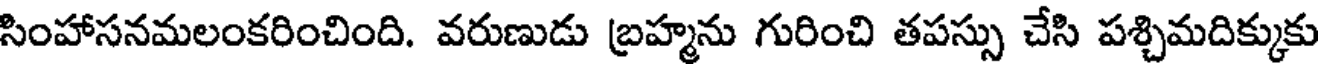
సింహాసనమలంకరించింది. వరుణుడు బ్రహ్మను గురించి తపస్సు చేసి పశ్చిమదిక్కుకు